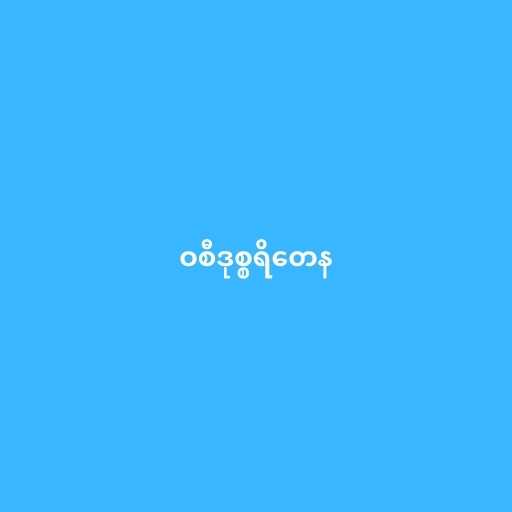
ဝစီဒုစ္စရိတေန